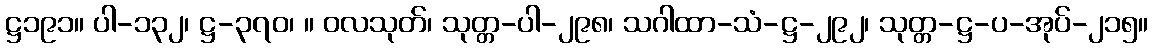
ဋ္ဌ၁၉၁။ ပါ-၁၃၂၊ ဋ္ဌ-၃၇၀၊ ။ ဝလသုတ်၊ သုတ္တ-ပါ-၂၉၈၊ သဂါထာ-သံ-ဋ္ဌ-၂၉၂၊ သုတ္တ-ဋ္ဌ-ပ-အုပ်-၂၁၅။